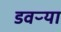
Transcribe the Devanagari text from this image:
डवऱ्या